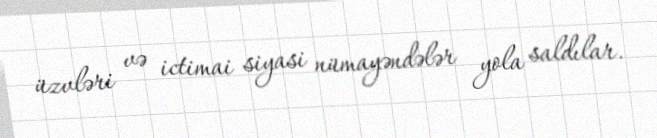
üzvləri və ictimai siyasi nümayəndələr yola saldılar.